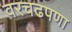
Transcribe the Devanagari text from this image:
वरचढपणा